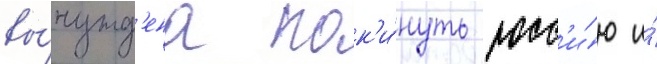
вы́нужд'ена пок'и́нуть росс'и́ю и́